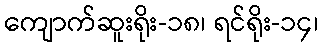
ကျောက်ဆူးရိုး-၁၈၊ ရင်ရိုး-၁၄၊